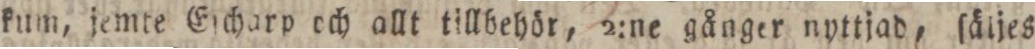
kum, jemte Eſcharp och allt tillbehör, 2:ne gånger nyttjad, ſäljes